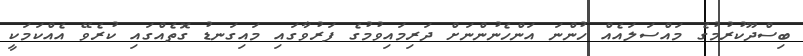
ބިސްދޫކުރުމުގެ މައްސަލައެއް ހުންނަ އަންހެނުންނަށް ދަރިމައިވުމުގެ ފަރުވާގައި މައިގަނޑު ގޮތެއްގައި ކުރެވޭ އެއްކަމަކީ